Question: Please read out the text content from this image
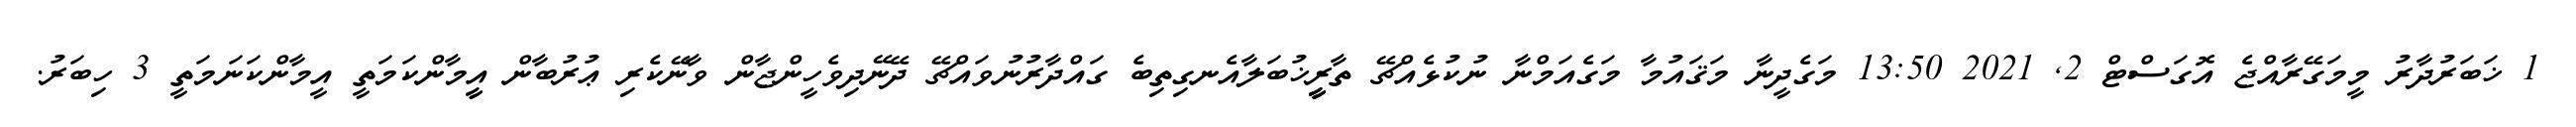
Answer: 1 ޚަބަރުދާރު މީމަގޭރާއްޖެ އޮގަސްޓް 2, 2021 13:50 މަގެދީނާ މަޤައުމާ މަގެއަމްނާ ނުކުޅެއްޗޭ ތާރީީީީޚުބަލާއެނގިތިބެ ގައްދާރުނުވައްޗޭ ދޭނޭދިވެހީންޖާން ވާނޭކެރި ޢުރުބާން އީީމާންކަމަތީ އީމާންކަނަމަތީ 3 ހިބަރު.